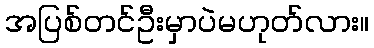
အပြစ်တင်ဦးမှာပဲမဟုတ်လား။